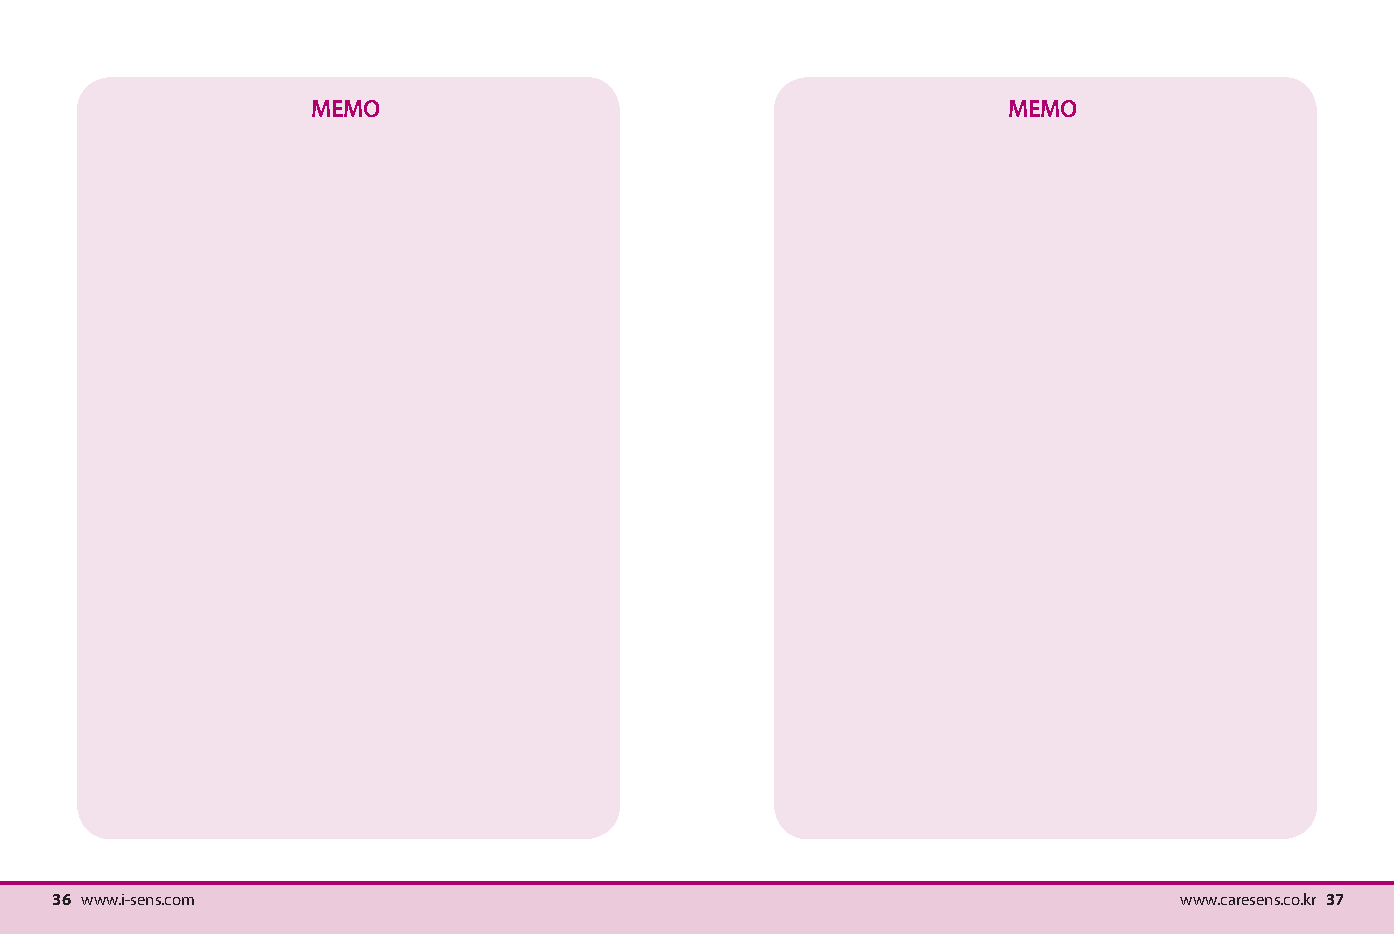
MEMO                                          MEMO
 36 www.i-sens.com                                                          www.caresens.co.kr 37